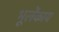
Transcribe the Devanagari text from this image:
भूलेंकाय